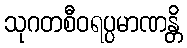
သုဂတစီဝရပ္ပမာဏန္တိ